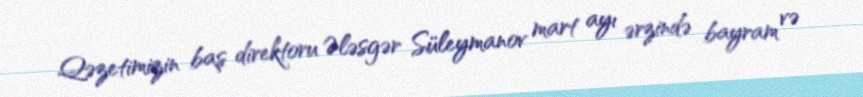
Qəzetimizin baş direktoru Ələsgər Süleymanov mart ayı ərzində bayram və